Scottish Leaving Certificate Examination, 1955
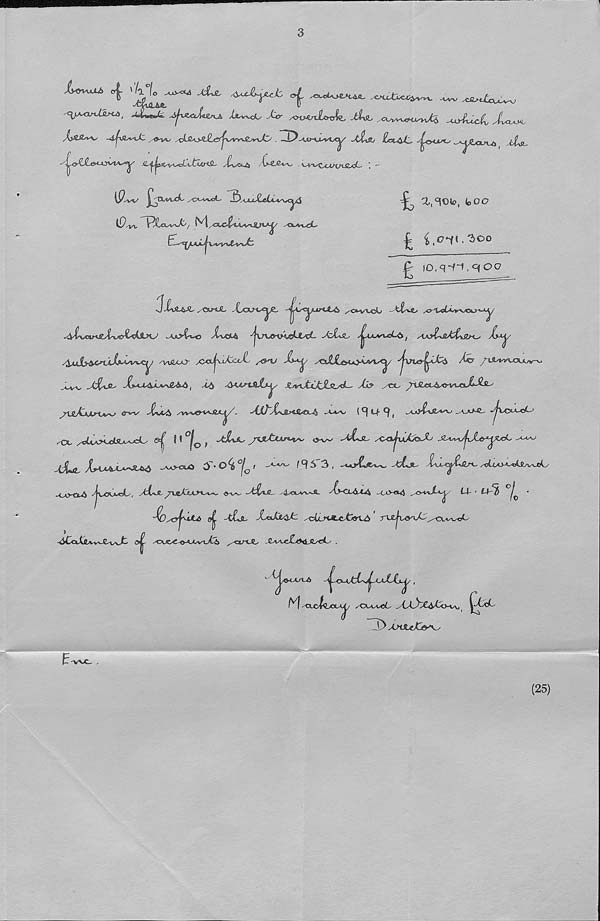
3
'<\y*x*UBsu>, JL^ ^coU^ JjL^d^ Act /<>i Mnl^J l^ ji& ,cwvw<x^v4
Xefi'iA'-
.xOvs^ /A2+J>*&j&j^rY*JL l irJZ' . ~3^ ^U>-*J^XAy xitX/ laL&A ^OCX^O ^JjU&sW) ALsl.
^^O-W.e^-Ovvv^' £^^x^^aCi-tMriSL /£\sct^) /'(>tAv\j v^vv^XX/lTUZ^cf-- ’ _ —
^ a.^OU?, loOO
iP-v-iy J^tX^vcL
!EtujX«tc«^<yJ
J
/Ov-OL Xxu^eyt. -^scyurtAA ^ovvck
Xu#4 ■ / ju\^Aw^vL A^+Jls
siAj£>J2&hzM^ yL*y
/foj$2&Cnjd&ASV'Jey ^HjZXjO- ^2<X-j\-Acd!y s&%J
Ag? yxtt.'VrVOUw^r-^
-X^vC- X-M^L^ve^-6, -^6 ^Kt^taXty ^v£ot£a^-
/CO }\&*AA<rv%J3J+&J‘-'
jr-i g Allrt 1 <TVV
SW\&\*JIA^/. -A$3~X/<J&<8AxJ$ -O^V/ ( M" ^
-Jx^jAcL-*
^X,
J * 0 j 0 f ~£Jb*Ls y%Sl£usvt~ ow
yOO^uAh^A .SU^jjd^y^
.jJLjL- Xf<A4>A*^&A>& -AAXXd 0*0^ 0 j 0 I zOi/T^ ! Cf S 3 , -^-O'C.Cv^. ■zL>X' Xv^Cg&JlSX. /<i^O-o«)tAyvv(i(/
_<^o<i-A ■jx^cAcL', yfctve, ^7vsXiA>ov«s. <s-^ /t£oS^ ^4vc^w~s_ y(xt^yu^ _co-«4 ^o^»X<y 14- ■ 14-^
■
-^D^yjAuU) 0^
SuoXxaA ^cCt^Ctotin-6 rXJi^&'A^^xx^y<f^
-4Co^ivv>Xv>Jt 0^- st>JLA^sxXnfA& ^-cirOO -G^weXtSlJOe^' .
~^|xx-UU6 ^o^ktisJ^KAiAx^,
f^l -otjckxxA^/ ✓'CX-cveL /CC^C^tb-»Aj |
'j) X>ttoC©^Vy
(25)